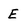
Character: E